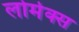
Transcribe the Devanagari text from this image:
लोमेक्स